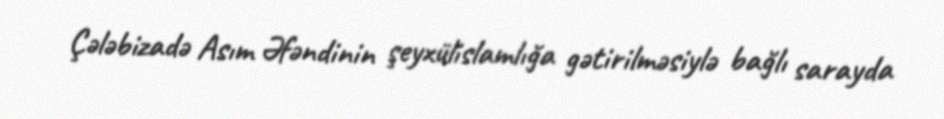
Çələbizadə Asım Əfəndinin şeyxülislamlığa gətirilməsiylə bağlı sarayda